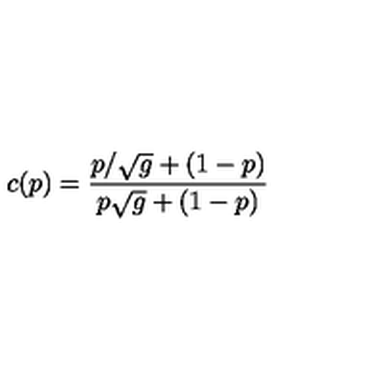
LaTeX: c ( p ) = { \frac { p / \sqrt { g } + ( 1 - p ) } { p \sqrt { g } + ( 1 - p ) } }